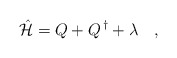
\begin{align*}\hat {\cal H} = Q +Q^{\,\dagger}+\lambda\quad, \end{align*}